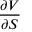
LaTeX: \frac { \partial V } { \partial S }